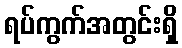
ရပ်ကွက်အတွင်းရှိ